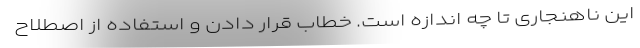
این ناهنجاری تا چه اندازه است. خطاب قرار دادن و استفاده از اصطلاح